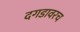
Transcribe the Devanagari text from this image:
दगडावरच